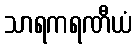
သာရကရဏီယံ